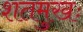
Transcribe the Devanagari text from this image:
शतमुखः